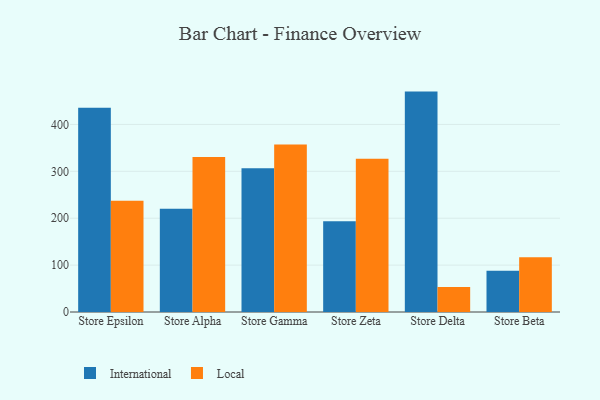
{"axis": {"x": "Store", "y": "Headcount"}, "legend": ["International", "Local"], "data": [{"x": "Store Epsilon", "y": 435.3, "type": "International"}, {"x": "Store Epsilon", "y": 237.1, "type": "Local"}, {"x": "Store Alpha", "y": 220.3, "type": "International"}, {"x": "Store Alpha", "y": 330.5, "type": "Local"}, {"x": "Store Gamma", "y": 306.6, "type": "International"}, {"x": "Store Gamma", "y": 357.2, "type": "Local"}, {"x": "Store Zeta", "y": 193.6, "type": "International"}, {"x": "Store Zeta", "y": 326.6, "type": "Local"}, {"x": "Store Delta", "y": 470.0, "type": "International"}, {"x": "Store Delta", "y": 53.5, "type": "Local"}, {"x": "Store Beta", "y": 87.7, "type": "International"}, {"x": "Store Beta", "y": 117.0, "type": "Local"}]}